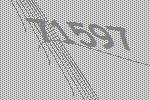
71597